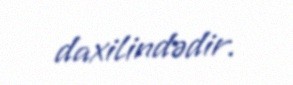
daxilindədir.